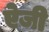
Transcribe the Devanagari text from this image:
ऐजी